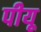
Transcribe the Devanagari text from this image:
पीयू